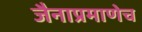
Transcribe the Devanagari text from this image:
जैनाप्रमाणेच